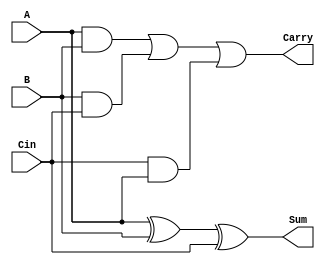
`timescale 1ns / 1ps
//////////////////////////////////////////////////////////////////////////////////
// Company: 
// Engineer: 
// 
// Design Name: 
// Module Name:    fulladder 
// Project Name: 
// Target Devices: 
// Tool versions: 
// Description: 
//
// Dependencies: 
//
// Revision: 
// Revision 0.01 - File Created
// Additional Comments: 
//
//////////////////////////////////////////////////////////////////////////////////
module fulladder(A,B,Cin,Sum,Carry);
	/*Input-output signal declarations - this style is mandatory to 
	synthesize the codes in RTL compiler - otherwise it throws an error*/
	 input A,B,Cin;
    output Sum,Carry;
	 
	/*Logic - sum & carry computation*/
	assign Sum = A^B^Cin;
	assign Carry = A&B|B&Cin|Cin&A;	

endmodule